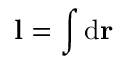
\mathbf { l } = \int \mathrm { d } \mathbf { r } \,